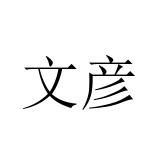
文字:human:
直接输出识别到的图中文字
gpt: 文彦